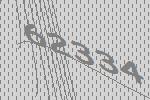
62334